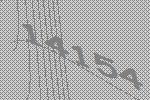
14154